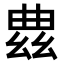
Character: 𫷠